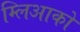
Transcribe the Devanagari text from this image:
म्लिआको